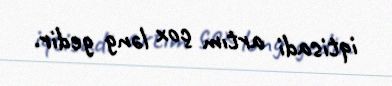
iqtisadi artım çox ləng gedir.